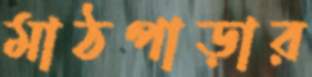
মাঠপাড়ার